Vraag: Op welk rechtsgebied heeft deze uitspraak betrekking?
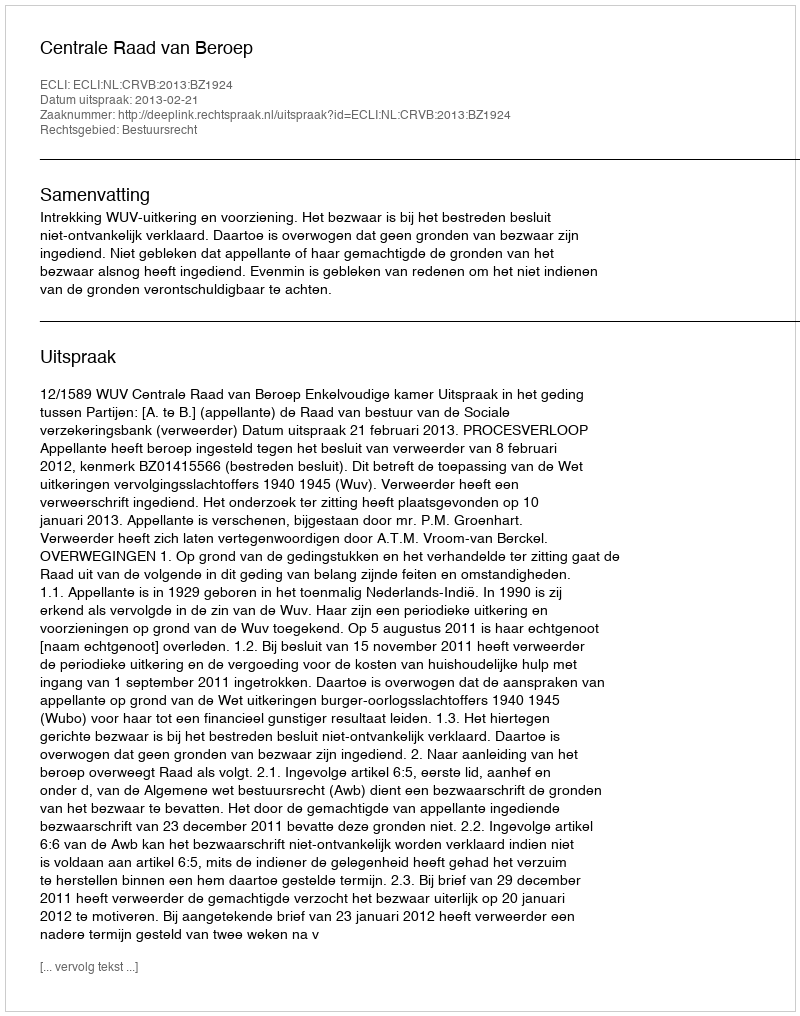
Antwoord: Bestuursrecht